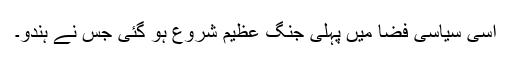
اسی سیاسی فضا میں پہلی جنگ عظیم شروع ہو گئی جس نے ہندو۔